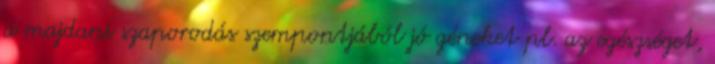
a majdani szaporodás szempontjából jó géneket pl. az egészséget,